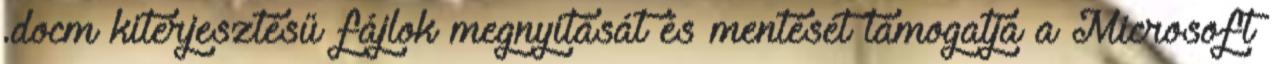
.docm kiterjesztésű fájlok megnyitását és mentését támogatja a Microsoft